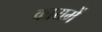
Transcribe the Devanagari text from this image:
कायमें